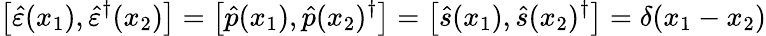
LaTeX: \left[\hat{\varepsilon}(x_{1}),\hat{\varepsilon}^{\dagger}(x_{2})\right]=\left[\hat{p}(x_{1}),\hat{p}(x_{2})^{\dagger}\right]=\left[\hat{s}(x_{1}),\hat{s}(x_{2})^{\dagger}\right]=\delta(x_{1}-x_{2})